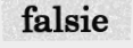
falsie